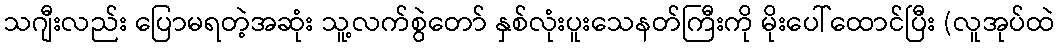
သဂျီးလည်း ပြောမရတဲ့အဆုံး သူ့လက်စွဲတော် နှစ်လုံးပူးသေနတ်ကြီးကို မိုးပေါ်ထောင်ပြီး (လူအုပ်ထဲ